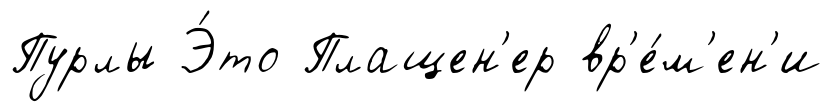
Пурлы Э́то Плащен'ер вр'е́м'ен'и